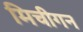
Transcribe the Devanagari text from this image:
मिचीगन